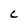
Character: C